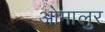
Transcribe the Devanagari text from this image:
ओमालुर